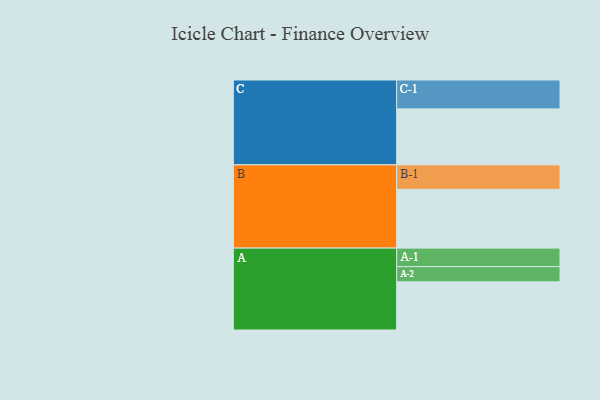
{"axis": {"x": "Segment", "y": "Value"}, "legend": ["", "A", "B", "C"], "data": [{"x": "A", "y": 487, "type": ""}, {"x": "B", "y": 594, "type": ""}, {"x": "C", "y": 566, "type": ""}, {"x": "A-1", "y": 187, "type": "A"}, {"x": "A-2", "y": 154, "type": "A"}, {"x": "B-1", "y": 248, "type": "B"}, {"x": "C-1", "y": 292, "type": "C"}]}